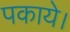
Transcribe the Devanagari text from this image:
पकाये।